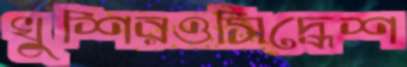
খুশিরওসিদ্ধেশ